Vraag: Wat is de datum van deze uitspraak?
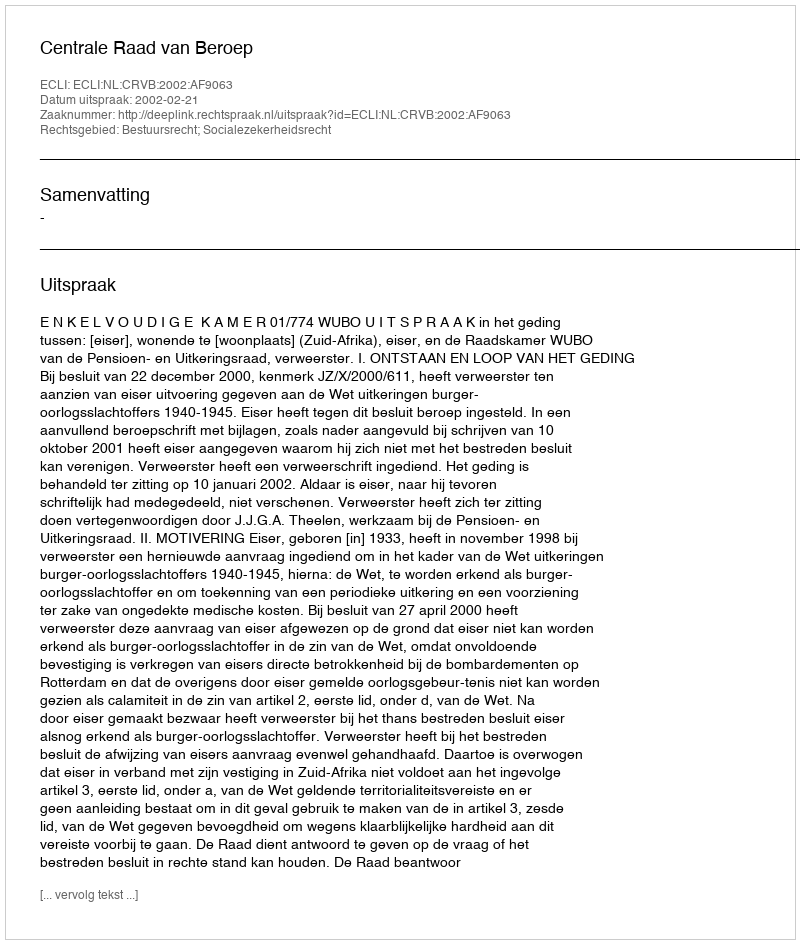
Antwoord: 2002-02-21